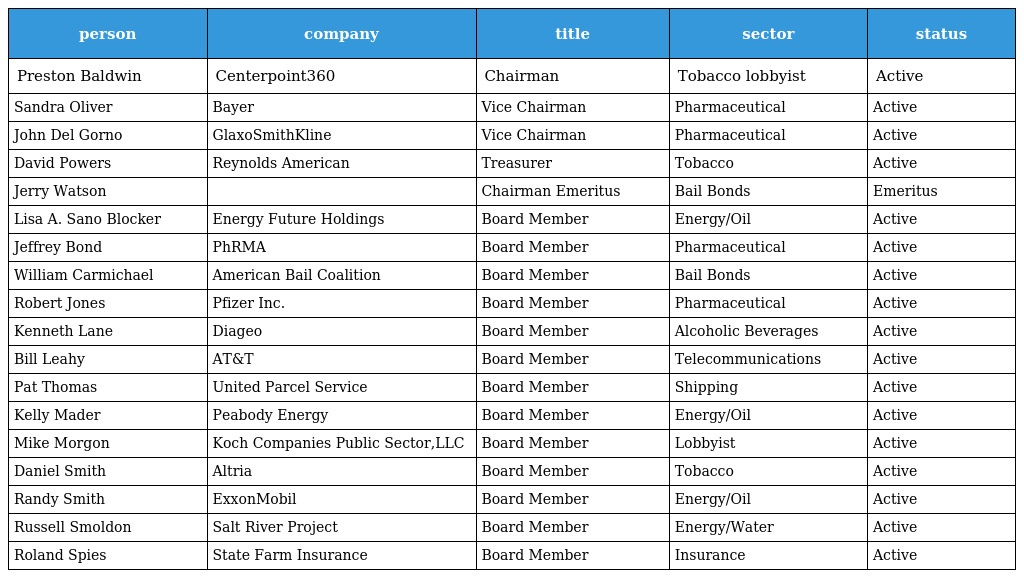
| person | company | title | sector | status |
 | --- | --- | --- | --- | --- |
 | Preston Baldwin | Centerpoint360 | Chairman | Tobacco lobbyist | Active |
 | Sandra Oliver | Bayer | Vice Chairman | Pharmaceutical | Active |
 | John Del Gorno | GlaxoSmithKline | Vice Chairman | Pharmaceutical | Active |
 | David Powers | Reynolds American | Treasurer | Tobacco | Active |
 | Jerry Watson |  | Chairman Emeritus | Bail Bonds | Emeritus |
 | Lisa A. Sano Blocker | Energy Future Holdings | Board Member | Energy/Oil | Active |
 | Jeffrey Bond | PhRMA | Board Member | Pharmaceutical | Active |
 | William Carmichael | American Bail Coalition | Board Member | Bail Bonds | Active |
 | Robert Jones | Pfizer Inc. | Board Member | Pharmaceutical | Active |
 | Kenneth Lane | Diageo | Board Member | Alcoholic Beverages | Active |
 | Bill Leahy | AT&T | Board Member | Telecommunications | Active |
 | Pat Thomas | United Parcel Service | Board Member | Shipping | Active |
 | Kelly Mader | Peabody Energy | Board Member | Energy/Oil | Active |
 | Mike Morgon | Koch Companies Public Sector,LLC | Board Member | Lobbyist | Active |
 | Daniel Smith | Altria | Board Member | Tobacco | Active |
 | Randy Smith | ExxonMobil | Board Member | Energy/Oil | Active |
 | Russell Smoldon | Salt River Project | Board Member | Energy/Water | Active |
 | Roland Spies | State Farm Insurance | Board Member | Insurance | Active |